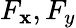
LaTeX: F_{\mathbf{x}},F_{y}